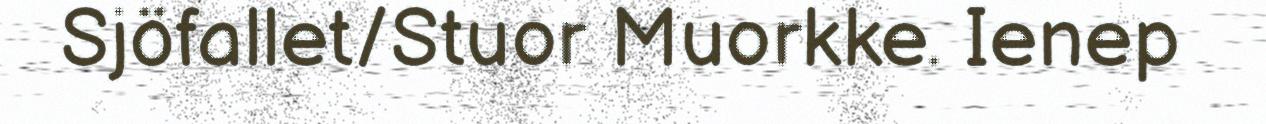
Sjöfallet/Stuor Muorkke. Ienep